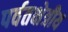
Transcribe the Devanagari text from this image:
पर्वतक्षेत्रीय